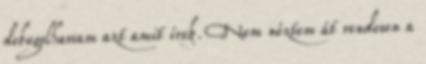
debugolhassam azt amit írok. Nem néztem át rendesen a